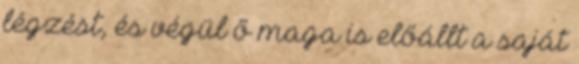
légzést, és végül ő maga is előállt a saját